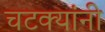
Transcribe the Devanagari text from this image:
चटक्‍यांनी